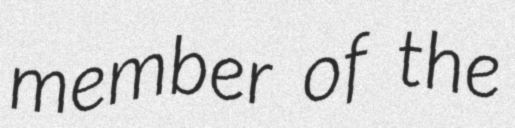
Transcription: member of the